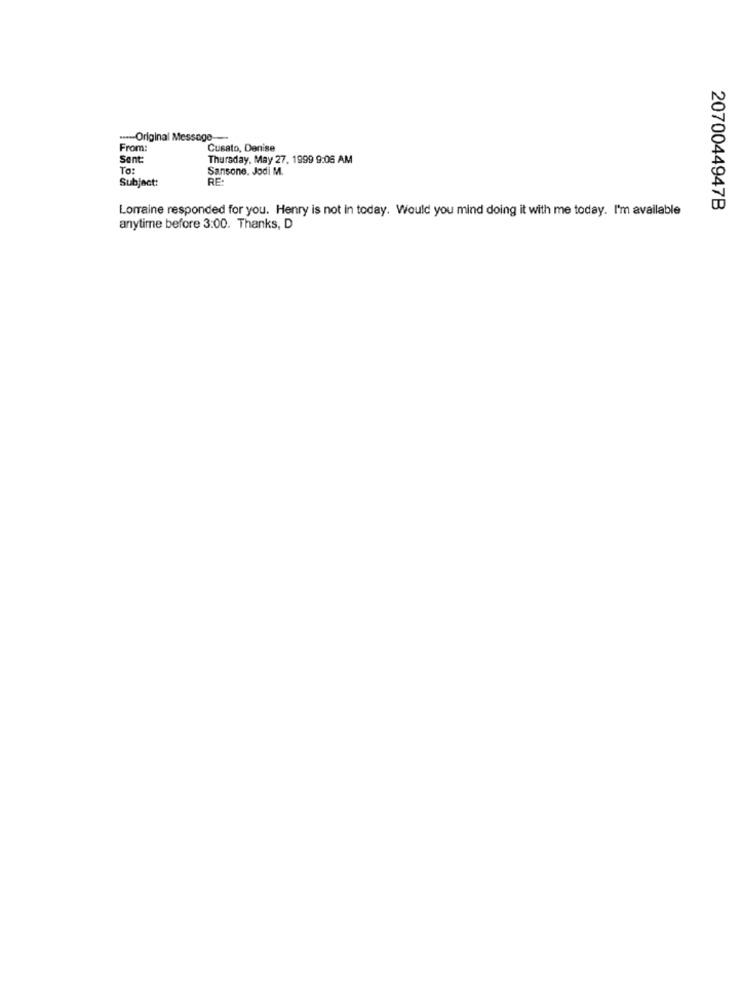
---- Original Message-
From:
Cusato, Denise
Sent:
Thursday, May 27, 1999 9:06 AM
To:
Sansone. Jodi M.
Subject:
RE:
Lorraine responded for you. Henry is not in today. Would you mind doing it with me today. I'm available
2070044947B
anytime before 3:00. Thanks, D